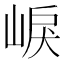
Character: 𡸒